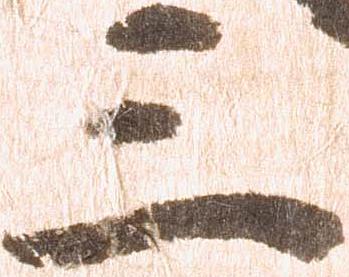
三